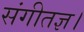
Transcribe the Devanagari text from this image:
संगीतज्ञ।